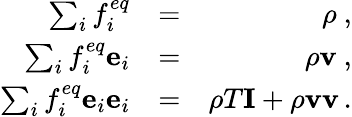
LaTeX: \begin{array}{rlr}{\sum_{i}f_{i}^{eq}}&{=}&{\rho\ ,}\\ {\sum_{i}f_{i}^{eq}\mathbf{e}_{i}}&{=}&{\rho\mathbf{v}\ ,}\\ {\sum_{i}f_{i}^{eq}\mathbf{e}_{i}\mathbf{e}_{i}}&{=}&{\rho T\mathbf{I}+\rho\mathbf{v}\mathbf{v}\, .}\end{array}